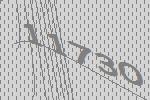
11730